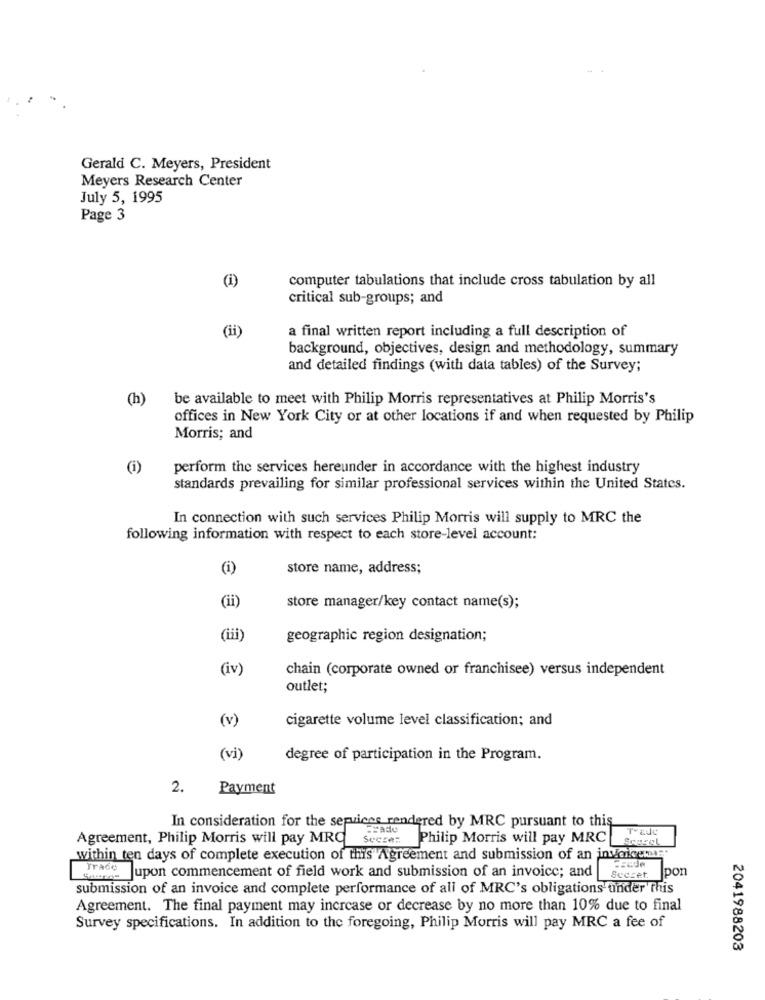
Gerald C. Meyers, President
Meyers Research Center
July 5, 1995
Page 3
(i)
computer tabulations that include cross tabulation by all
critical sub-groups; and
(ii)
a final written report including a full description of
background, objectives, design and methodology, summary
and detailed findings (with data tables) of the Survey;
(h)
be available to meet with Philip Morris representatives at Philip Morris's
offices in New York City or at other locations if and when requested by Philip
Morris; and
(i)
perform the services hereunder in accordance with the highest industry
standards prevailing for similar professional services within the United States.
In connection with such services Philip Morris will supply to MRC the
following information with respect to each store-level account:
(i)
store name, address;
(ii)
store manager/key contact name(s);
(iii)
geographic region designation;
(iv)
chain (corporate owned or franchisee) versus independent
outlet;
(v)
cigarette volume level classification; and
(vi
degree of participation in the Program.
2.
Payment
In consideration for the services rendered by MRC pursuant to this
Frado
Agreement, Philip Morris will pay MRC
Philip Morris will pay MRC
within ten days of complete execution of this Agreement and submission of an invoicem:"
Secret pon
Trade |upon commencement of field work and submission of an invoice; and
submission of an invoice and complete performance of all of MRC's obligations under this
Agreement. The final payment may increase or decrease by no more than 10% due to final
Survey specifications. In addition to the foregoing, Philip Morris will pay MRC a fee of
2041988203